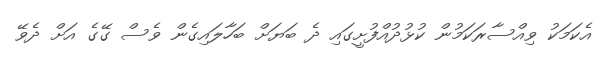
އެކަމަކު ވިއްސާރަކަމުން ކުޅުދުއްފުށީގައި ދެ ބަޔަށް ބަހާލައިގެން ވެސް ގޭގެ އަށް ދެވޭ